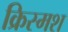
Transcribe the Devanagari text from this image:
क्रिस्मश